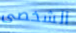
الشخصى